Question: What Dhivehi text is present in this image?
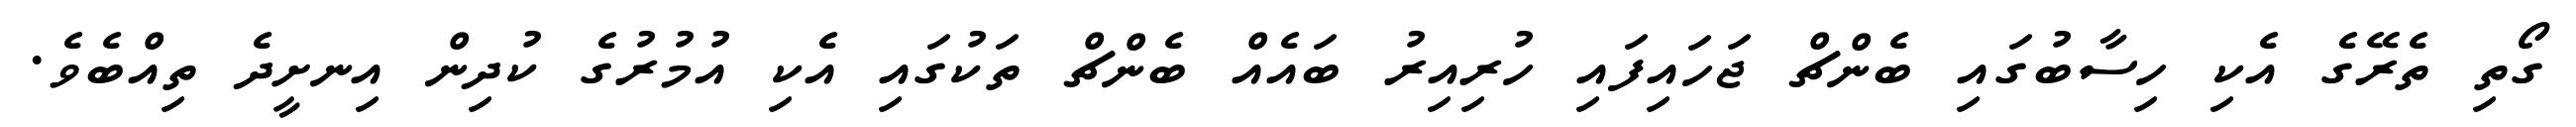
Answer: ގޯތި ތެރޭގެ އެކި ހިސާބުގައި ބެންޗް ޖަހައިފައި ހުރިއިރު ބައެއް ބެންޗް ތަކުގައި އެކި އުމުރުގެ ކުދިން އިނށީދެ ތިއްބެވެ.